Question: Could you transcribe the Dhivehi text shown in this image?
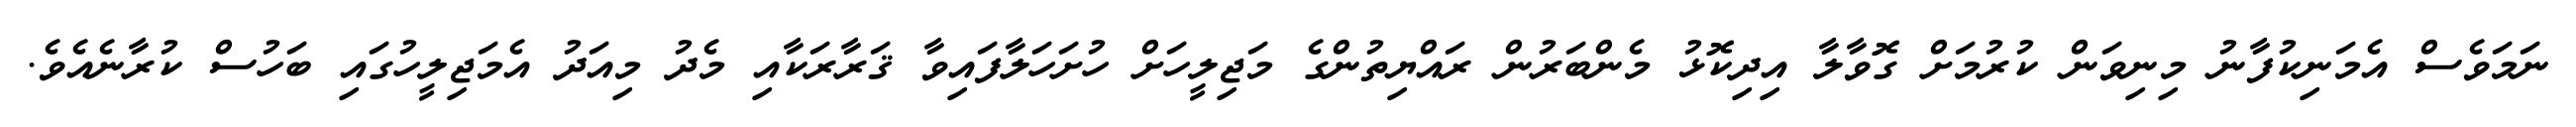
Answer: ނަމަވެސް އެމަނިކުފާނު މިނިވަން ކުރުމަށް ގޮވާލާ އިދިކޮޅު މެންބަރުން ރައްޔިތުންގެ މަޖިލީހަށް ހުށަހަލާފައިވާ ޤަރާރަކާއި މެދު މިއަދު އެމަޖިލީހުގައި ބަހުސް ކުރާނެއެވެ.